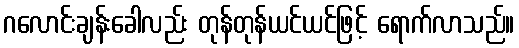
ဂလောင်းချန်းခေါလည်း တုန်တုန်ယင်ယင်ဖြင့် ရောက်လာသည်။